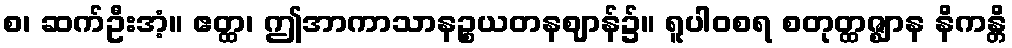
စ၊ ဆက်ဦးအံ့။ ဧတ္ထ၊ ဤအာကာသာနဉ္စယတနဈာန်၌။ ရူပါဝစရ စတုတ္ထဇ္ဈာန နိကန္တိ